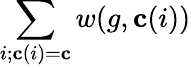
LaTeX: \sum_{i;\mathbf{c}(i)=\mathbf{c}}w(g,\mathbf{c}(i))